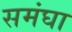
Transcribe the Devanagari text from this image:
समंघा